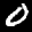
Label: 0